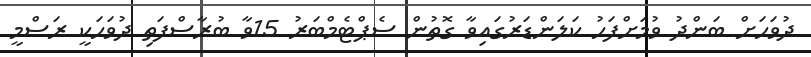
ދުވަހަށް ބަންދު ވުމަށްފަހު ކަލަންޑަރުގައިވާ ގޮތުން ސެޕްޓެމްބަރު 15ވާ ބުރާސްފަތި ދުވަހަކީ ރަސްމީ